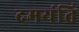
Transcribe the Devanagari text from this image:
दमयंति